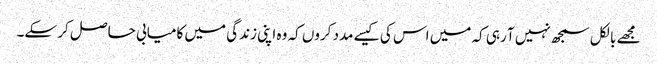
مجھے بالکل سمجھ نہیں آ رہی کہ میں اس کی کیسے مدد کروں کہ وہ اپنی زندگی میں کامیابی حاصل کر سکے۔